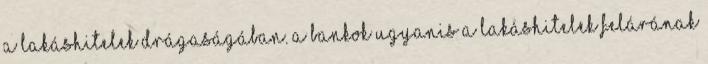
a lakáshitelek drágaságában. A bankok ugyanis a lakáshitelek felárának